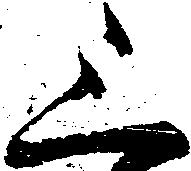
三